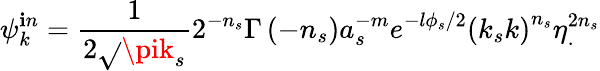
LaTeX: \psi_{k}^{\mathbf{i}n}=\frac{{1}}{{2\sqrt{}{{\pik_{s}}}}}2^{-n_{s}}\Gamma\left(-n_{s}\right)a_{s}^{-m}e^{-l\phi_{s}/2}\left(k_{s}k\right)^{n_{s}}\eta_{.}^{2n_{s}}